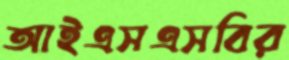
আইএসএসবির